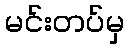
မင်းတပ်မှ